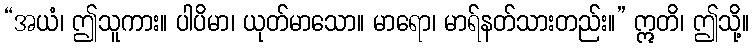
“အယံ၊ ဤသူကား။ ပါပိမာ၊ ယုတ်မာသော။ မာရော၊ မာရ်နတ်သားတည်း။” ဣတိ၊ ဤသို့။